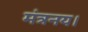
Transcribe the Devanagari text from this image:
मंत्रनय।